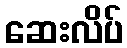
ဆေးလိပ်